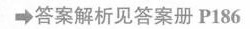
\rightarrow答案解析见答案册 P186